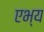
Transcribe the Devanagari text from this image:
एभ्य